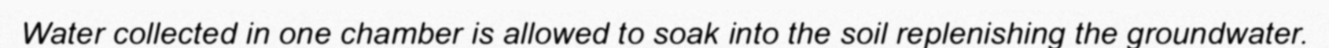
Water collected in one chamber is allowed to soak into the soil replenishing the groundwater.